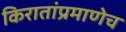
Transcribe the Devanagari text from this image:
किरातांप्रमाणेच